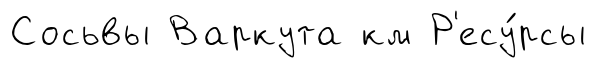
Сосьвы Варкута км Р'есу́рсы